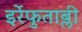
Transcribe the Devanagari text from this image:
इर्रेफुताब्ली